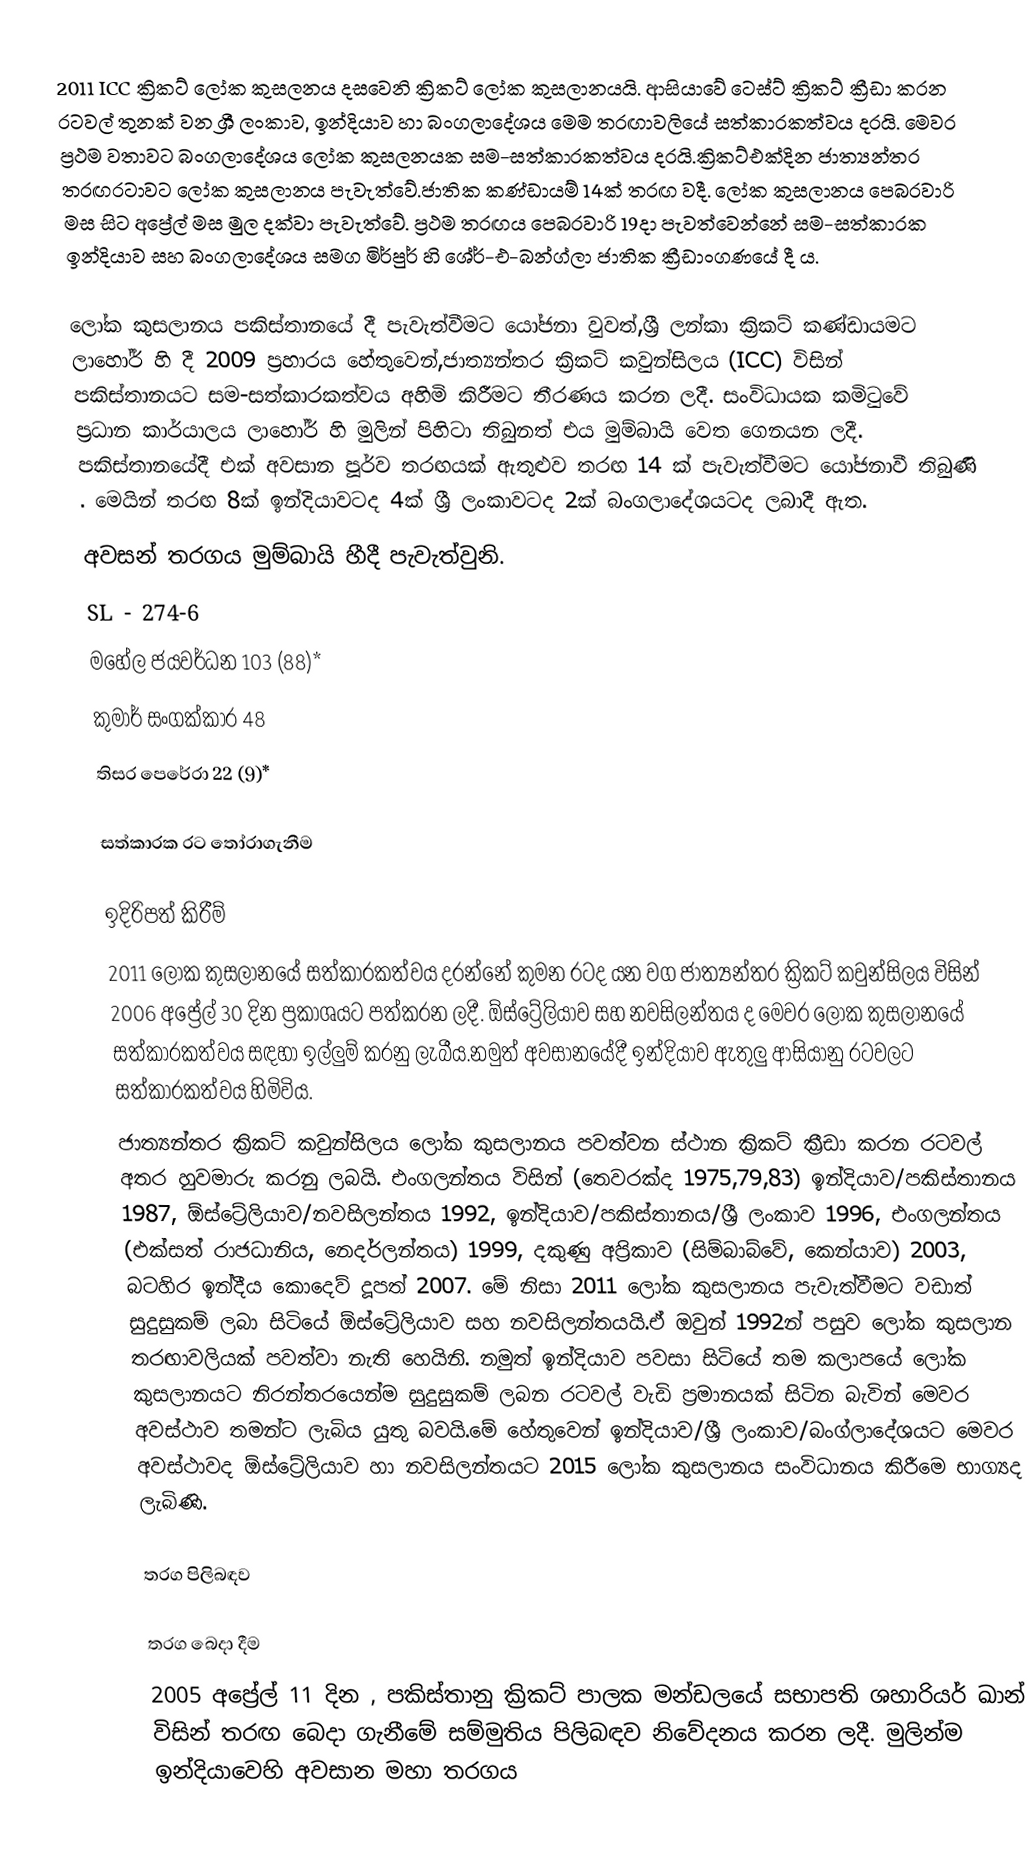
2011 ICC ක්‍රිකට් ලෝක කුසලනය දසවෙනි ක්‍රිකට් ලෝක කුසලානයයි. ආසියාවේ ටෙස්ට් ක්‍රිකට් ක්‍රීඩා කරන රටවල් තුනක් වන ශ්‍රී ලංකාව, ඉන්දියාව හා බංගලාදේශය මෙම තරඟාවලියේ සත්කාරකත්වය දරයි. මෙවර ප්‍රථම වතාවට බංගලාදේශය ලෝක කුසලනයක සම-සත්කාරකත්වය දරයි.ක්‍රිකට්එක්දින ජාත්‍යන්තර තරඟරටාවට ලෝක කුසලානය පැවැත්වේ.ජාතික කණ්ඩායම් 14ක් තරඟ වදී. ලෝක කුසලානය පෙබරවාරි මස සිට අප්‍රේල් මස මුල දක්වා පැවැත්වේ. ප්‍රථම තරඟය පෙබරවාරි 19දා පැවත්වෙන්නේ සම-සත්කාරක ඉන්දියාව සහ බංගලාදේශය සමග මිර්පුර් හි ශේර්-එ-බන්ග්ලා ජාතික ක්‍රීඩාංගණයේ දී ය.

ලෝක කුසලානය පකිස්තානයේ දී පැවැත්වීමට යෝජනා වුවත්,ශ්‍රී ලන්කා ක්‍රිකට් කණ්ඩායමට  ලාහෝර් හි දී 2009 ප්‍රහාරය හේතුවෙන්,ජාත්‍යන්තර ක්‍රිකට් කවුන්සිලය (ICC) විසින් පකිස්තානයට සම-සත්කාරකත්වය අහිමි කිරීමට තීරණය කරන ලදී.  සංවිධායක කමිටුවේ ප්‍රධාන කාර්යාලය ලාහෝර් හි මුලින් පිහිටා තිබුනත් එය මුම්බායි වෙත ගෙනයන ලදී. පකිස්තානයේදී එක් අවසාන පූර්ව තරඟයක් ඇතුළුව තරඟ 14 ක් පැවැත්වීමට යෝජනාවී තිබුණි . මෙයින් තරඟ 8ක් ඉන්දියාවටද 4ක් ශ්‍රී ලංකාවටද 2ක් බංගලාදේශයටද ලබාදී ඇත.
අවසන් තරගය මුම්බායි හීදී පැවැත්වුනි.
SL - 274-6
 මහේල ජයවර්ධන 103 (88)*
 කුමාර් සංගක්කාර  48
 තිසර පෙරේරා    22 (9)*

සත්කාරක රට තෝරාගැනීම

ඉදිරිපත් කිරීම්
2011 ලෝක කුසලානයේ සත්කාරකත්වය දරන්නේ කුමන රටද යන වග ජාත්‍යන්තර ක්‍රිකට් කවුන්සිලය විසින් 2006 අප්‍රේල් 30 දින ප්‍රකාශයට පත්කරන ලදී. ඕස්ට්‍රේලියාව සහ නවසිලන්තය ද මෙවර ලෝක කුසලානයේ සත්කාරකත්වය සඳහා ඉල්ලුම් කරනු ලැබීය.නමුත් අවසානයේදී ඉන්දියාව ඇතුලු ආසියානු රටවලට සත්කාරකත්වය හිමිවිය.
ජාත්‍යන්තර ක්‍රිකට් කවුන්සිලය ලෝක කුසලානය පවත්වන ස්ථාන ක්‍රිකට් ක්‍රීඩා කරන රටවල් අතර හුවමාරු කරනු ලබයි. එංගලන්තය විසින් (තෙවරක්ද 1975,79,83) ඉන්දියාව/පකිස්තානය 1987, ඕස්ට්‍රේලියාව/නවසිලන්තය 1992, ඉන්දියාව/පකිස්තානය/ශ්‍රී ලංකාව 1996, එංගලන්තය (එක්සත් රාජධානිය, නෙදර්ලන්තය) 1999, දකුණු අප්‍රිකාව (සිම්බාබ්වේ, කෙන්යාව) 2003, බටහිර ඉන්දීය කොදෙව් දූපත් 2007. මේ නිසා 2011 ලෝක කුසලානය පැවැත්වීමට වඩාත් සුදුසුකම් ලබා සිටියේ ඕස්ට්‍රේලියාව සහ නවසිලන්තයයි.ඒ ඔවුන් 1992න් පසුව ලෝක කුසලාන තරඟාවලියක් පවත්වා නැති හෙයිනි. නමුත් ඉන්දියාව පවසා සිටියේ තම කලාපයේ ලෝක කුසලානයට නිරන්තරයෙන්ම සුදුසුකම් ලබන රටවල් වැඩි ප්‍රමානයක් සිටින බැවින් මෙවර අවස්ථාව තමන්ට ලැබිය යුතු බවයි.මේ හේතුවෙන් ඉන්දියාව/ශ්‍රී ලංකාව/බංග්ලාදේශයට මෙවර අවස්ථාවද ඕස්ට්‍රේලියාව හා නවසිලන්තයට 2015 ලෝක කුසලානය සංවිධානය කිරීමෙ භාග්‍යද ලැබිණි.

තරග පිලිබඳව

තරග බෙදා දීම
2005 අප්‍රේල් 11 දින , පකිස්තානු ක්‍රිකට් පාලක මන්ඩලයේ සභාපති ශහාරියර් ඛාන් විසින් තරඟ බෙදා ගැනීමේ සම්මුතිය පිලිබඳව නිවේදනය කරන ලදී.   මුලින්ම ඉන්දියාවෙහි අවසාන මහා තරගය